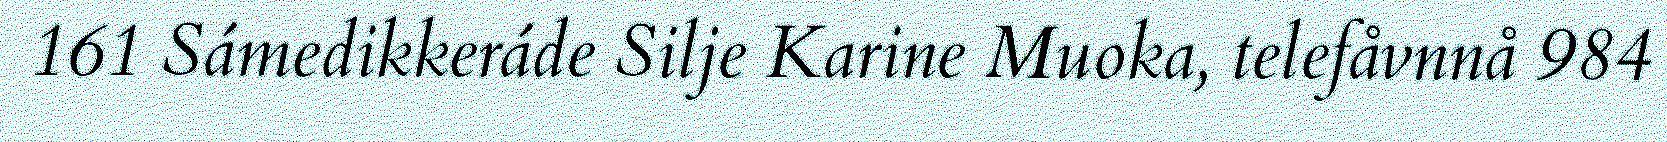
161 Sámedikkeráde Silje Karine Muoka, telefåvnnå 984